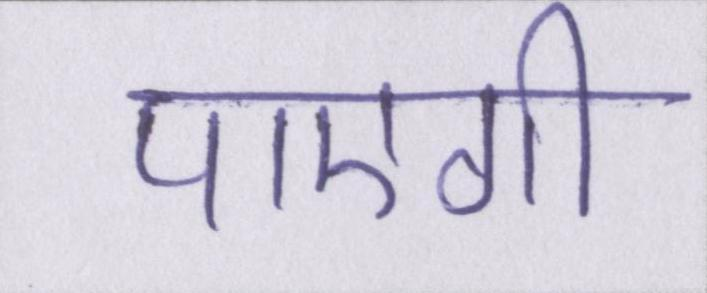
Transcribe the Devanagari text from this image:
पाएगी